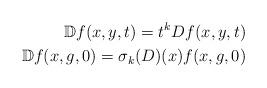
LaTeX: \begin{align*}\mathbb{D}f(x,y,t)=t^kDf(x,y,t)\\\mathbb{D}f(x,g,0)=\sigma_k(D)(x)f(x,g,0)\end{align*}